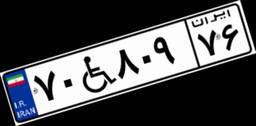
۷۰W۸۰۹۷۶